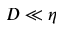
D \ll \eta